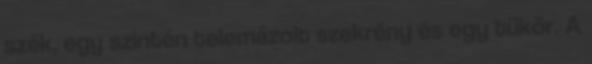
szék, egy szintén telemázolt szekrény és egy tükör. A